Scottish Leaving Certificate Examination, 1959
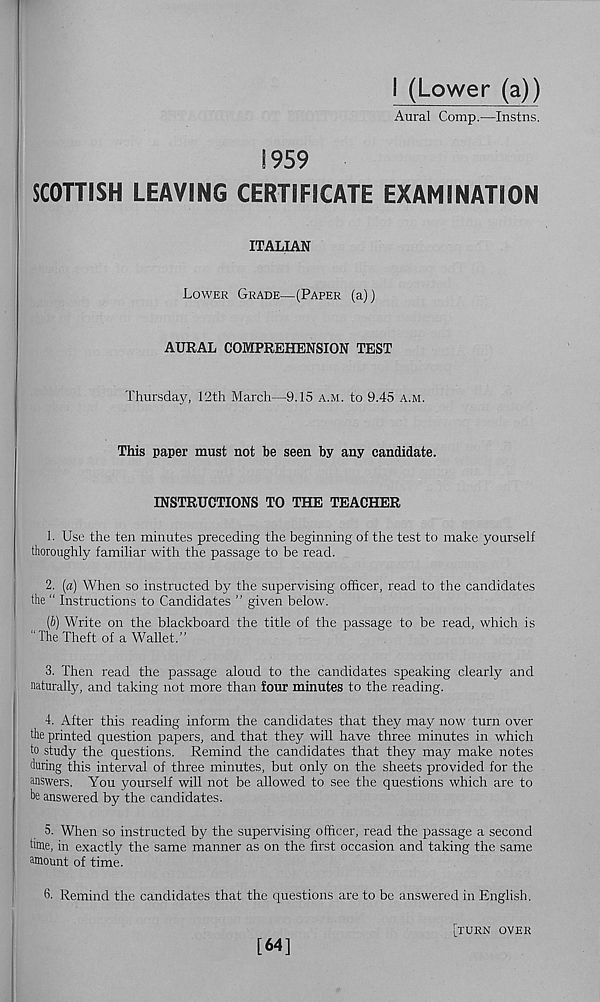
I (Lower (a))
Aural Comp.—Instns.
1959
SCOTTISH LEAVING CERTIFICATE EXAMINATION
ITALIAN
Lower Grade—(Paper (a))
AURAL COMPREHENSION TEST
Thursday, 12th March—9.15 a.m. to 9.45 a.m.
This paper must not be seen by any candidate.
INSTRUCTIONS TO THE TEACHER
1. Use the ten minutes preceding the beginning of the test to make yourself
thoroughly familiar with the passage to be read.
2. (a) When so instructed by the supervising officer, read to the candidates
the " Instructions to Candidates ” given below.
(b) Write on the blackboard the title of the passage to be read, which is
“The Theft of a Wallet.”
3. Then read the passage aloud to the candidates speaking clearly and
naturally, and taking not more than four minutes to the reading.
4. After this reading inform the candidates that they may now turn over
the printed question papers, and that they will have three minutes in which
to study the questions. Remind the candidates that they may make notes
during this interval of three minutes, but only on the sheets provided for the
answers. You yourself will not be allowed to see the questions which are to
be answered by the candidates.
5. When so instructed by the supervising officer, read the passage a second
lime, in exactly the same manner as on the first occasion and taking the same
amount of time.
6. Remind the candidates that the questions are to be answered in English.
[turn over
[64]